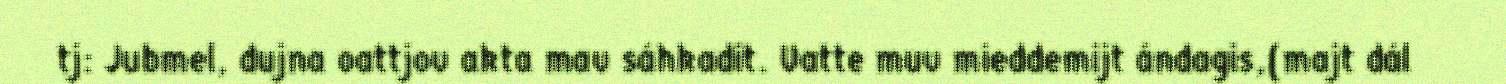
tj: Jubmel, dujna oattjov akta mav sáhkadit. Vatte muv mieddemijt ándagis,(majt dál